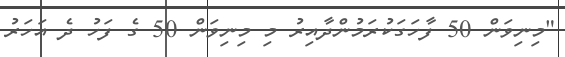
"މިނިވަން 50 ފާހަގަކުރަމުންދާއިރު މި މިނިވަން 50 ގެ ފަހު ދެ އަހަރު